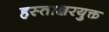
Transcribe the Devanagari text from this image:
हस्ताक्षरयुक्त